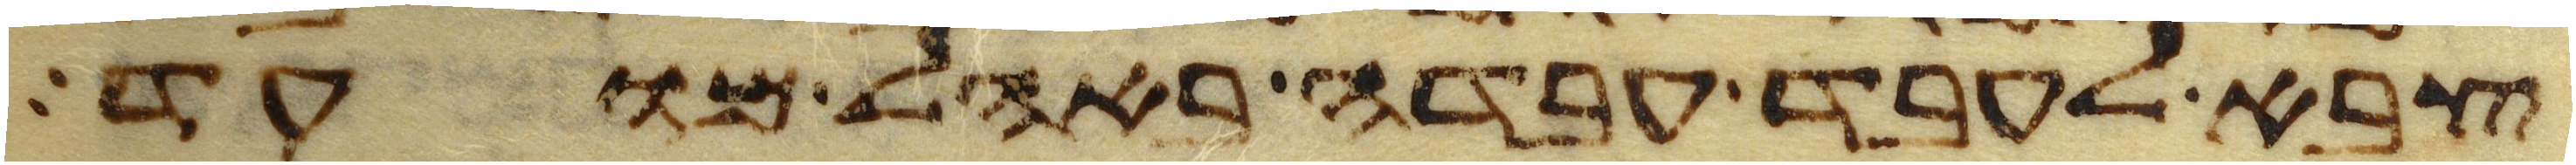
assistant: צבא לעבד עבדה באהל מועד